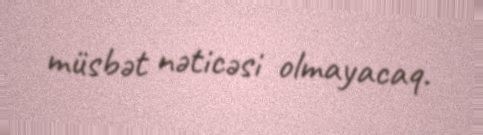
müsbət nəticəsi olmayacaq.